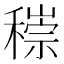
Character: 𥡶